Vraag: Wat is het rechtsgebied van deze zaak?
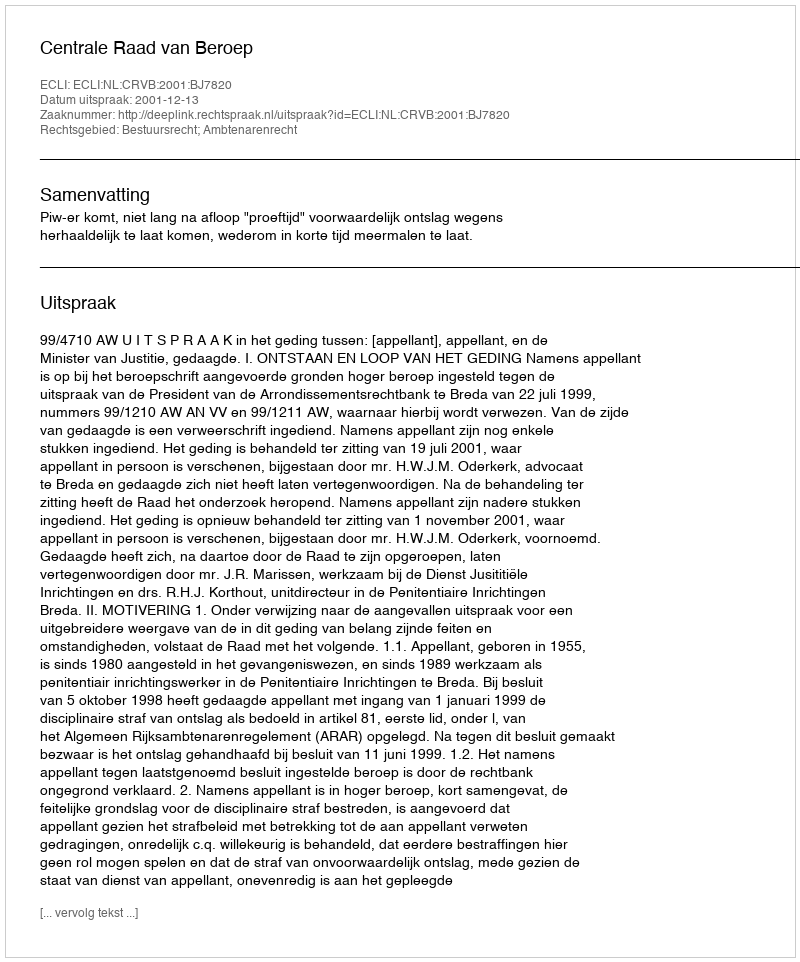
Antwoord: Bestuursrecht; Ambtenarenrecht